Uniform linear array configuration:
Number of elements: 64
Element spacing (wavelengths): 1
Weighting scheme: kaiser
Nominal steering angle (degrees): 0
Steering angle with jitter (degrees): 0.3317
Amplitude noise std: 0.05
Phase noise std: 0.05

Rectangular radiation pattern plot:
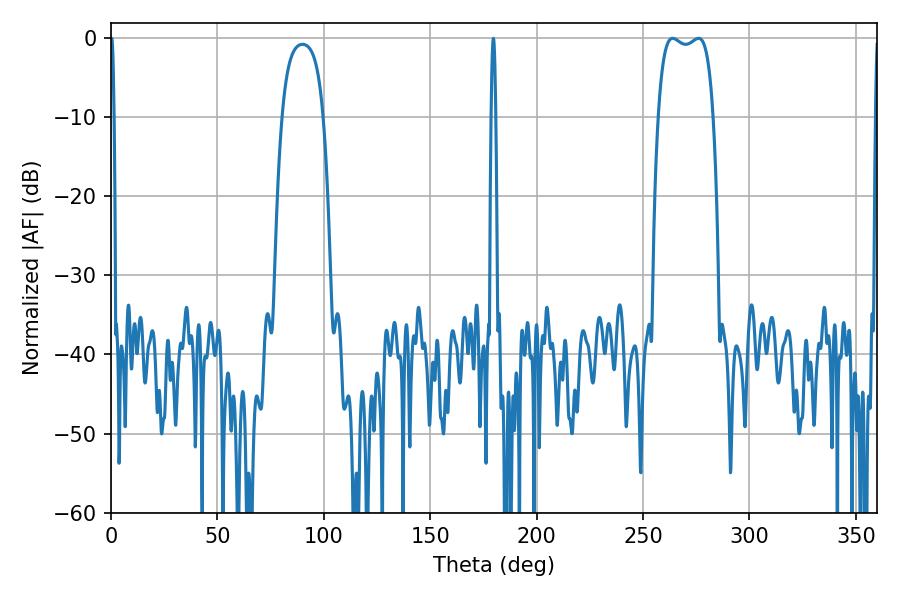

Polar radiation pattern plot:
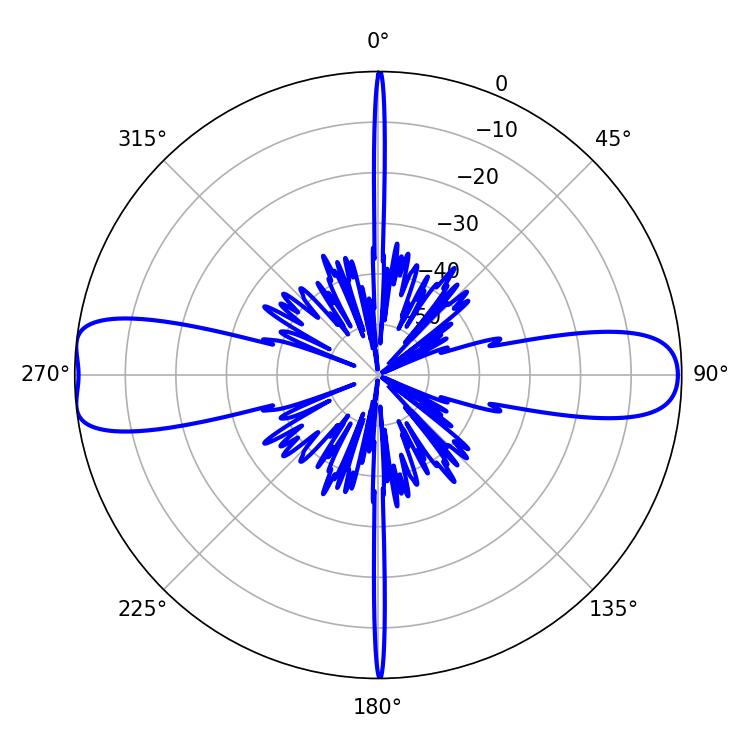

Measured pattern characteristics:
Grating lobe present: TRUE
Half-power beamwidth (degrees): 20.88
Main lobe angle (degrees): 263.88